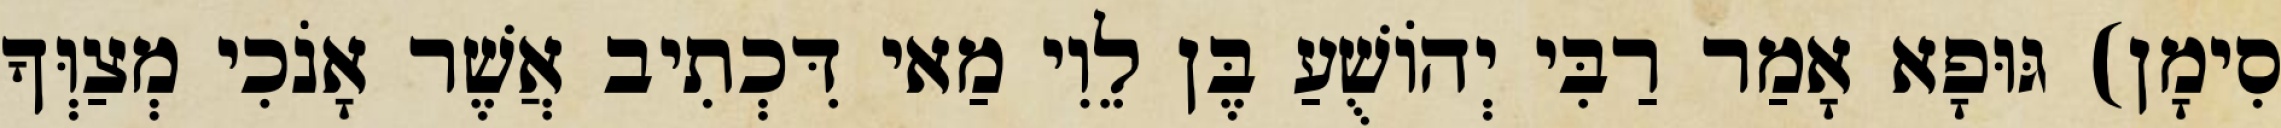
סִימָן) גּוּפָא אָמַר רַבִּי יְהוֹשֻׁעַ בֶּן לֵוִי מַאי דִּכְתִיב אֲשֶׁר אָנֹכִי מְצַוְּךָ